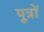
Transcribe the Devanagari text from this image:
पूत्रों